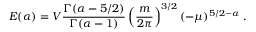
E ( \alpha ) = V \frac { \Gamma ( \alpha - 5 / 2 ) } { \Gamma ( \alpha - 1 ) } \left( \frac { m } { 2 \pi } \right) ^ { 3 / 2 } ( - \mu ) ^ { 5 / 2 - \alpha } \; .